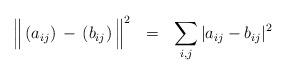
LaTeX: \begin{align*} \Big\| \,(a_{ij})\,-\,(b_{ij})\,\Big\|^2 \ \ = \ \ \sum_{i,j}|a_{ij}-b_{ij}|^2 \end{align*}